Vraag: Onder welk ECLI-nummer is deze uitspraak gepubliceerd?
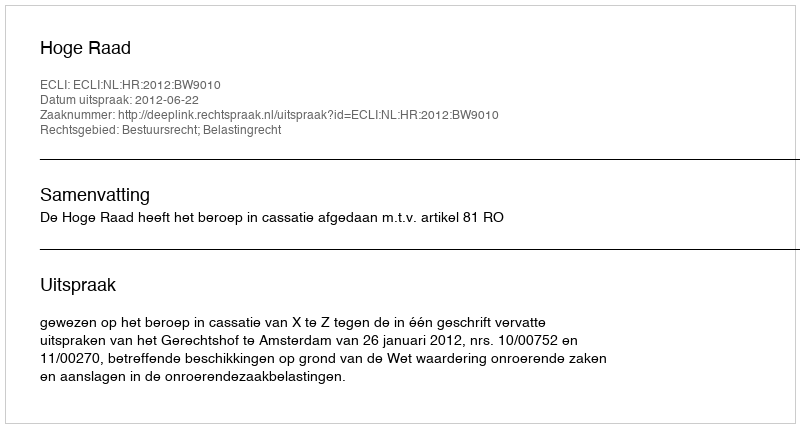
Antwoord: ECLI:NL:HR:2012:BW9010